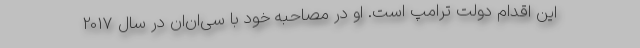
این اقدام دولت ترامپ است. او در مصاحبه خود با سی‌ان‌ان در سال 2017